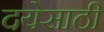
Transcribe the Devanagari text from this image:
दयेसाठी